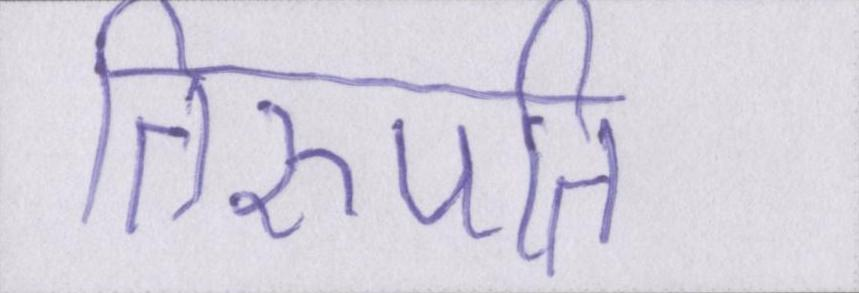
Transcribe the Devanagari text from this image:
तिरुपति